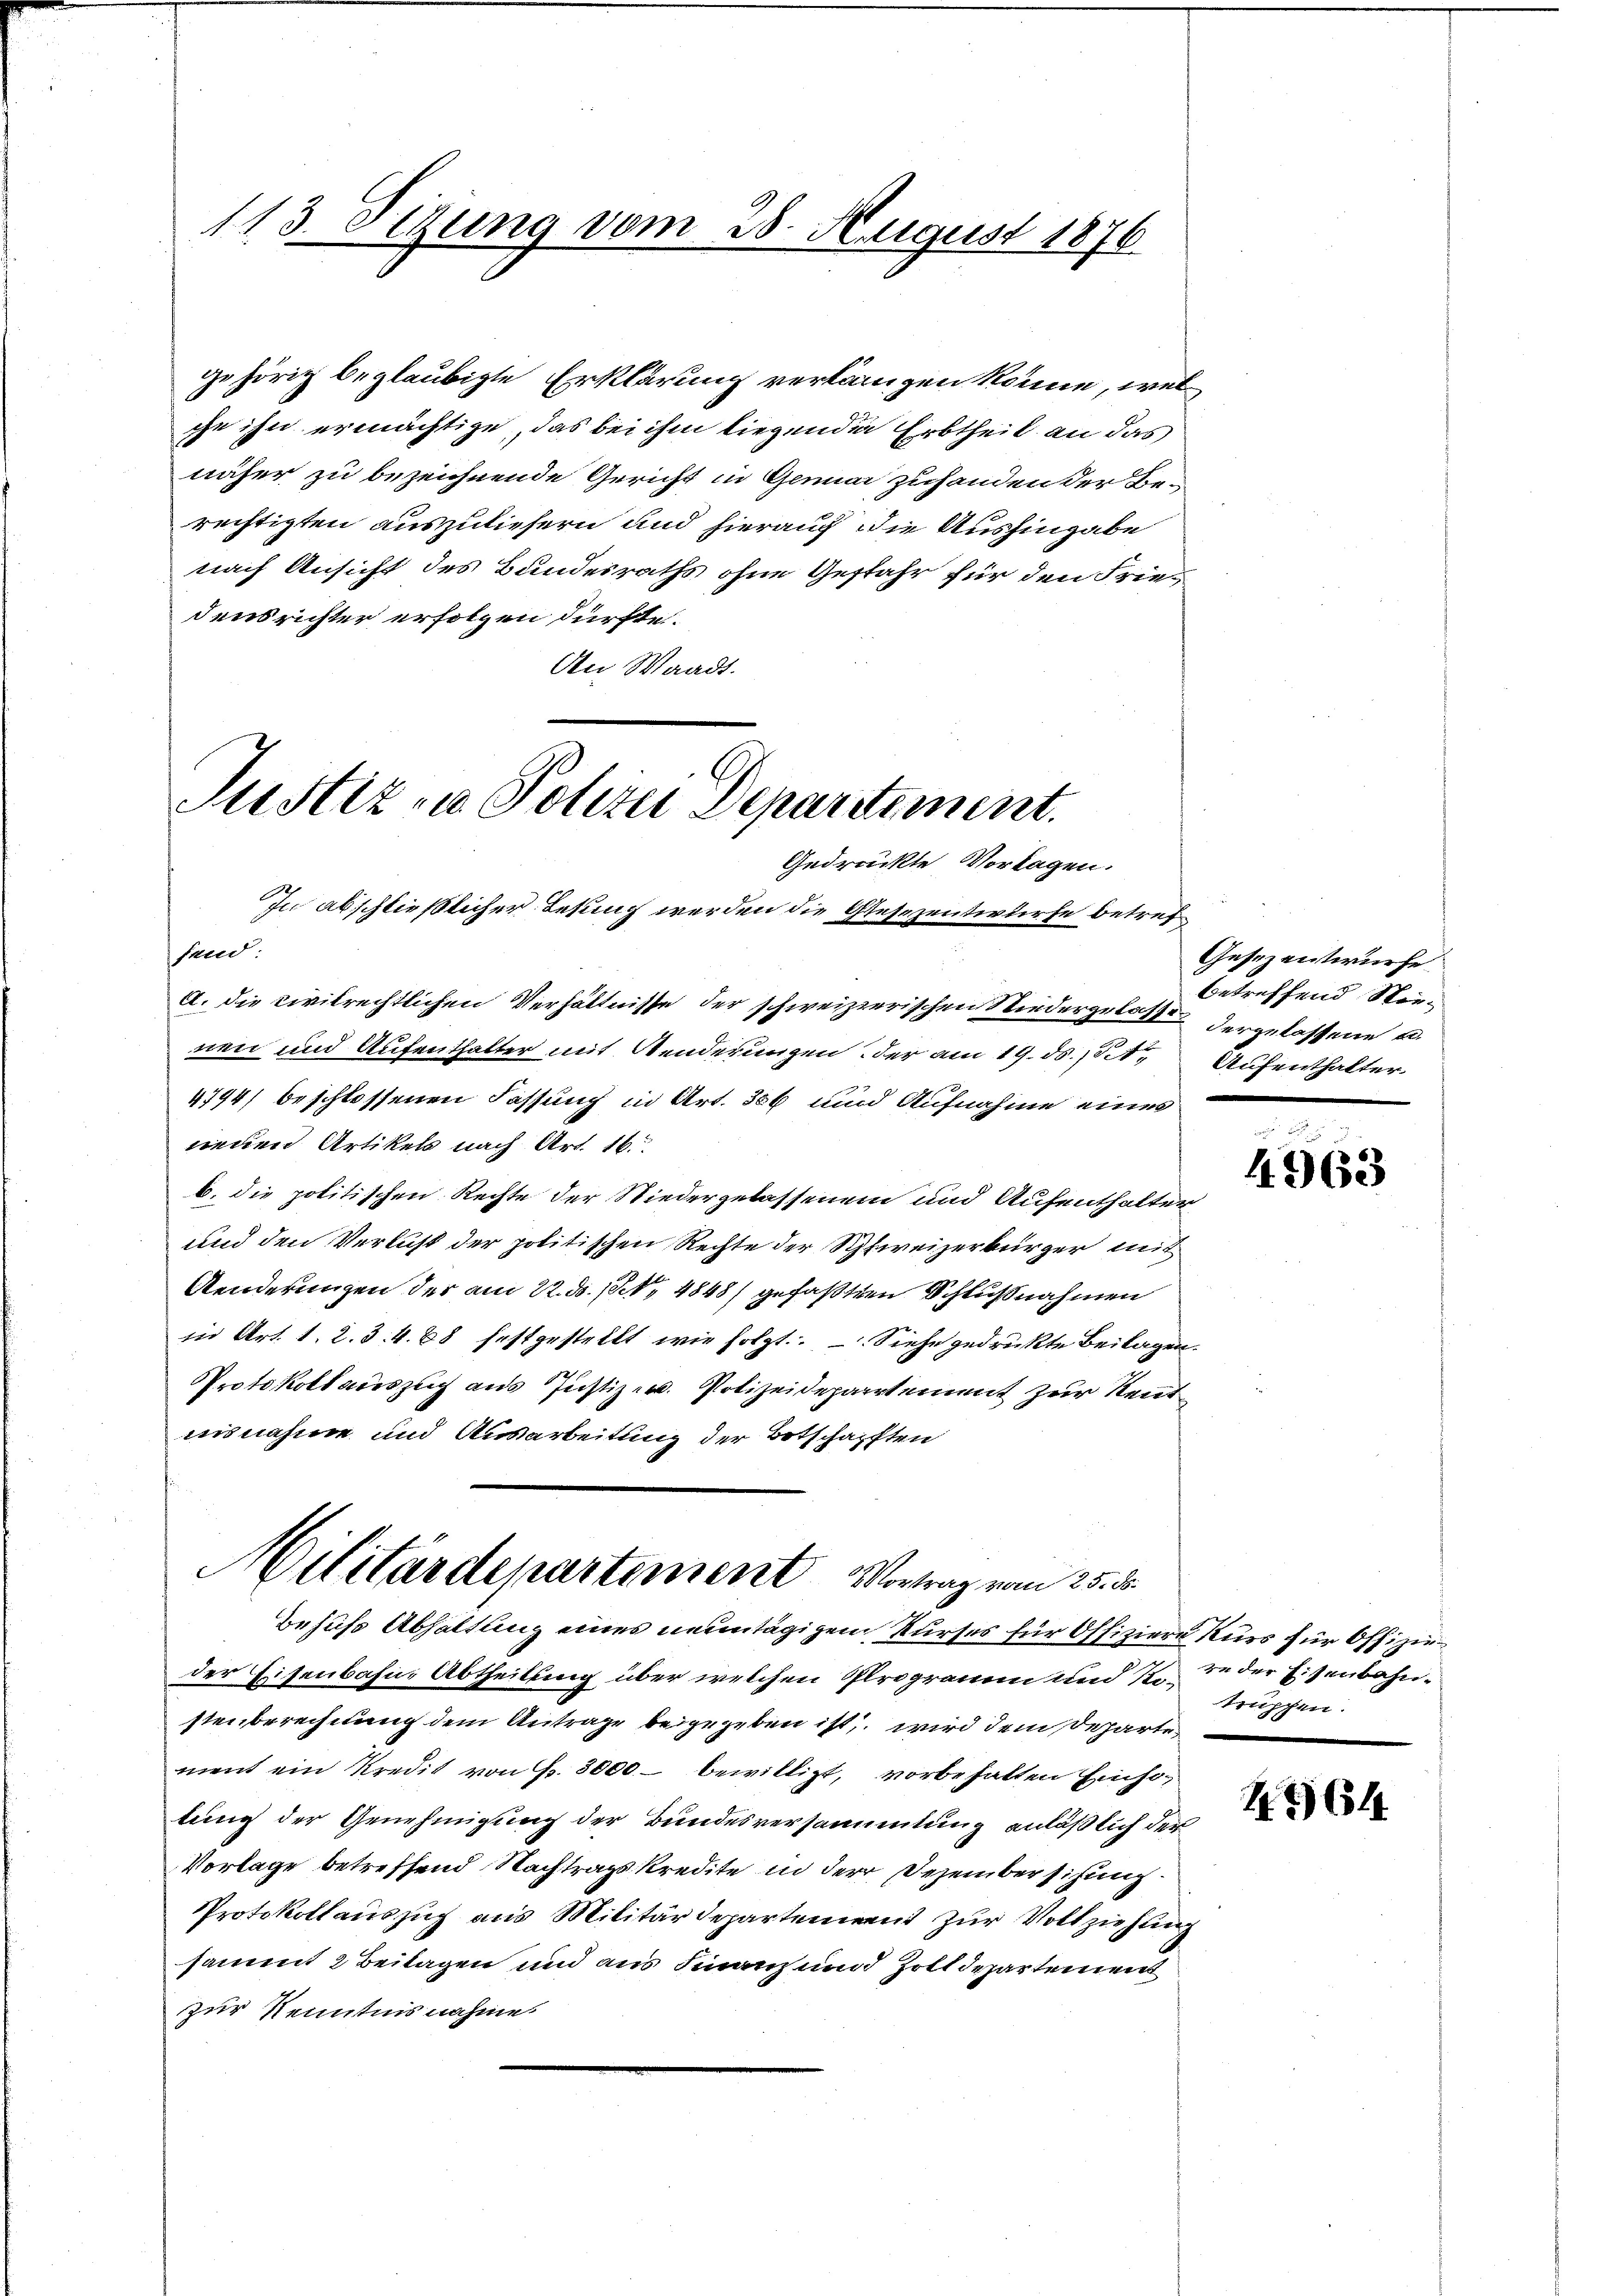
113. Sizung vom 28. August 1876

gehörig beglaubigte Erklärung verlangen könne, welche ihn ermächtige, das bei ihm liegenden Erbtheil an das
näher zu bezeichnende Gericht in Genuar zuhanden der Berechtigten auszuliefern und hierauf die Aushingabe
nach Ansicht des Bundesraths ohne Gefahr für den Friedensrichter erfolgen dürfte.
An Waadt.
Justiz - Polizei Departement.

Gedrückte Vorlagen.
In abschließlicher Lesung werden die Gesezentwurfe betref
fand:

a. die civilrechtlichen Verhältnisse der schweizzerischen Niedergelasse dergelassene u.
nen und Aufenthalter mit Aenderungen der am 19. ds. 4t
4794) beschlossenen Fassung in Art. 366 und Aufnahme eines
neuen Artikels nach Art. 16.
b. die politischen Rechte der Niedergelassenem und Aufenthalter
und den Verlust der politischen Rechte der Schweizerbürger mit
Aenderungen der am 22. ds. 1. 4848) gefaßten Schlußnahmen
in Art. 1. 2. 3. 4. 88 festgestellt wie folgt. Siehe gedruckte Beilagen.
Protokoll auszug aus Justiz. Polizeidepartement zur Rentnisnahme und Ausarbeitung der Botschafften
Militärdepartement Vortrag vom 25. ds.
Behufs Abhaltung eines neuntägigem Kurses für Offiziere Kurs für Offizie
der Eisenbahn, Abtheilung über welchen Pleogramm und 12. de der Eisenbahnstenberechnung dem Antrage beigegeben ist, wird dem Departe
ment ein Kredit von Fr. 3000 bewilligt, vorbehalten Einsolung der Genehmigung der Bundesversammlung anläßlich der
Vorlage betreffend Nachtragskredite in der Dezembersihung.
Protokollauszug aus Militärdepartement zur Vollziehunsammt 2 Beilagen und aus Finanz und Zolldepartement
zur Kenntnis nahme.

Gesezentwurfe
betreffend Wie¬
Aufenthalter

4963

truppen.

2564